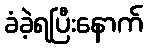
ခံခဲ့ရပြီးနောက်